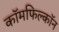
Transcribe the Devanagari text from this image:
कॉमफिल्कॉन